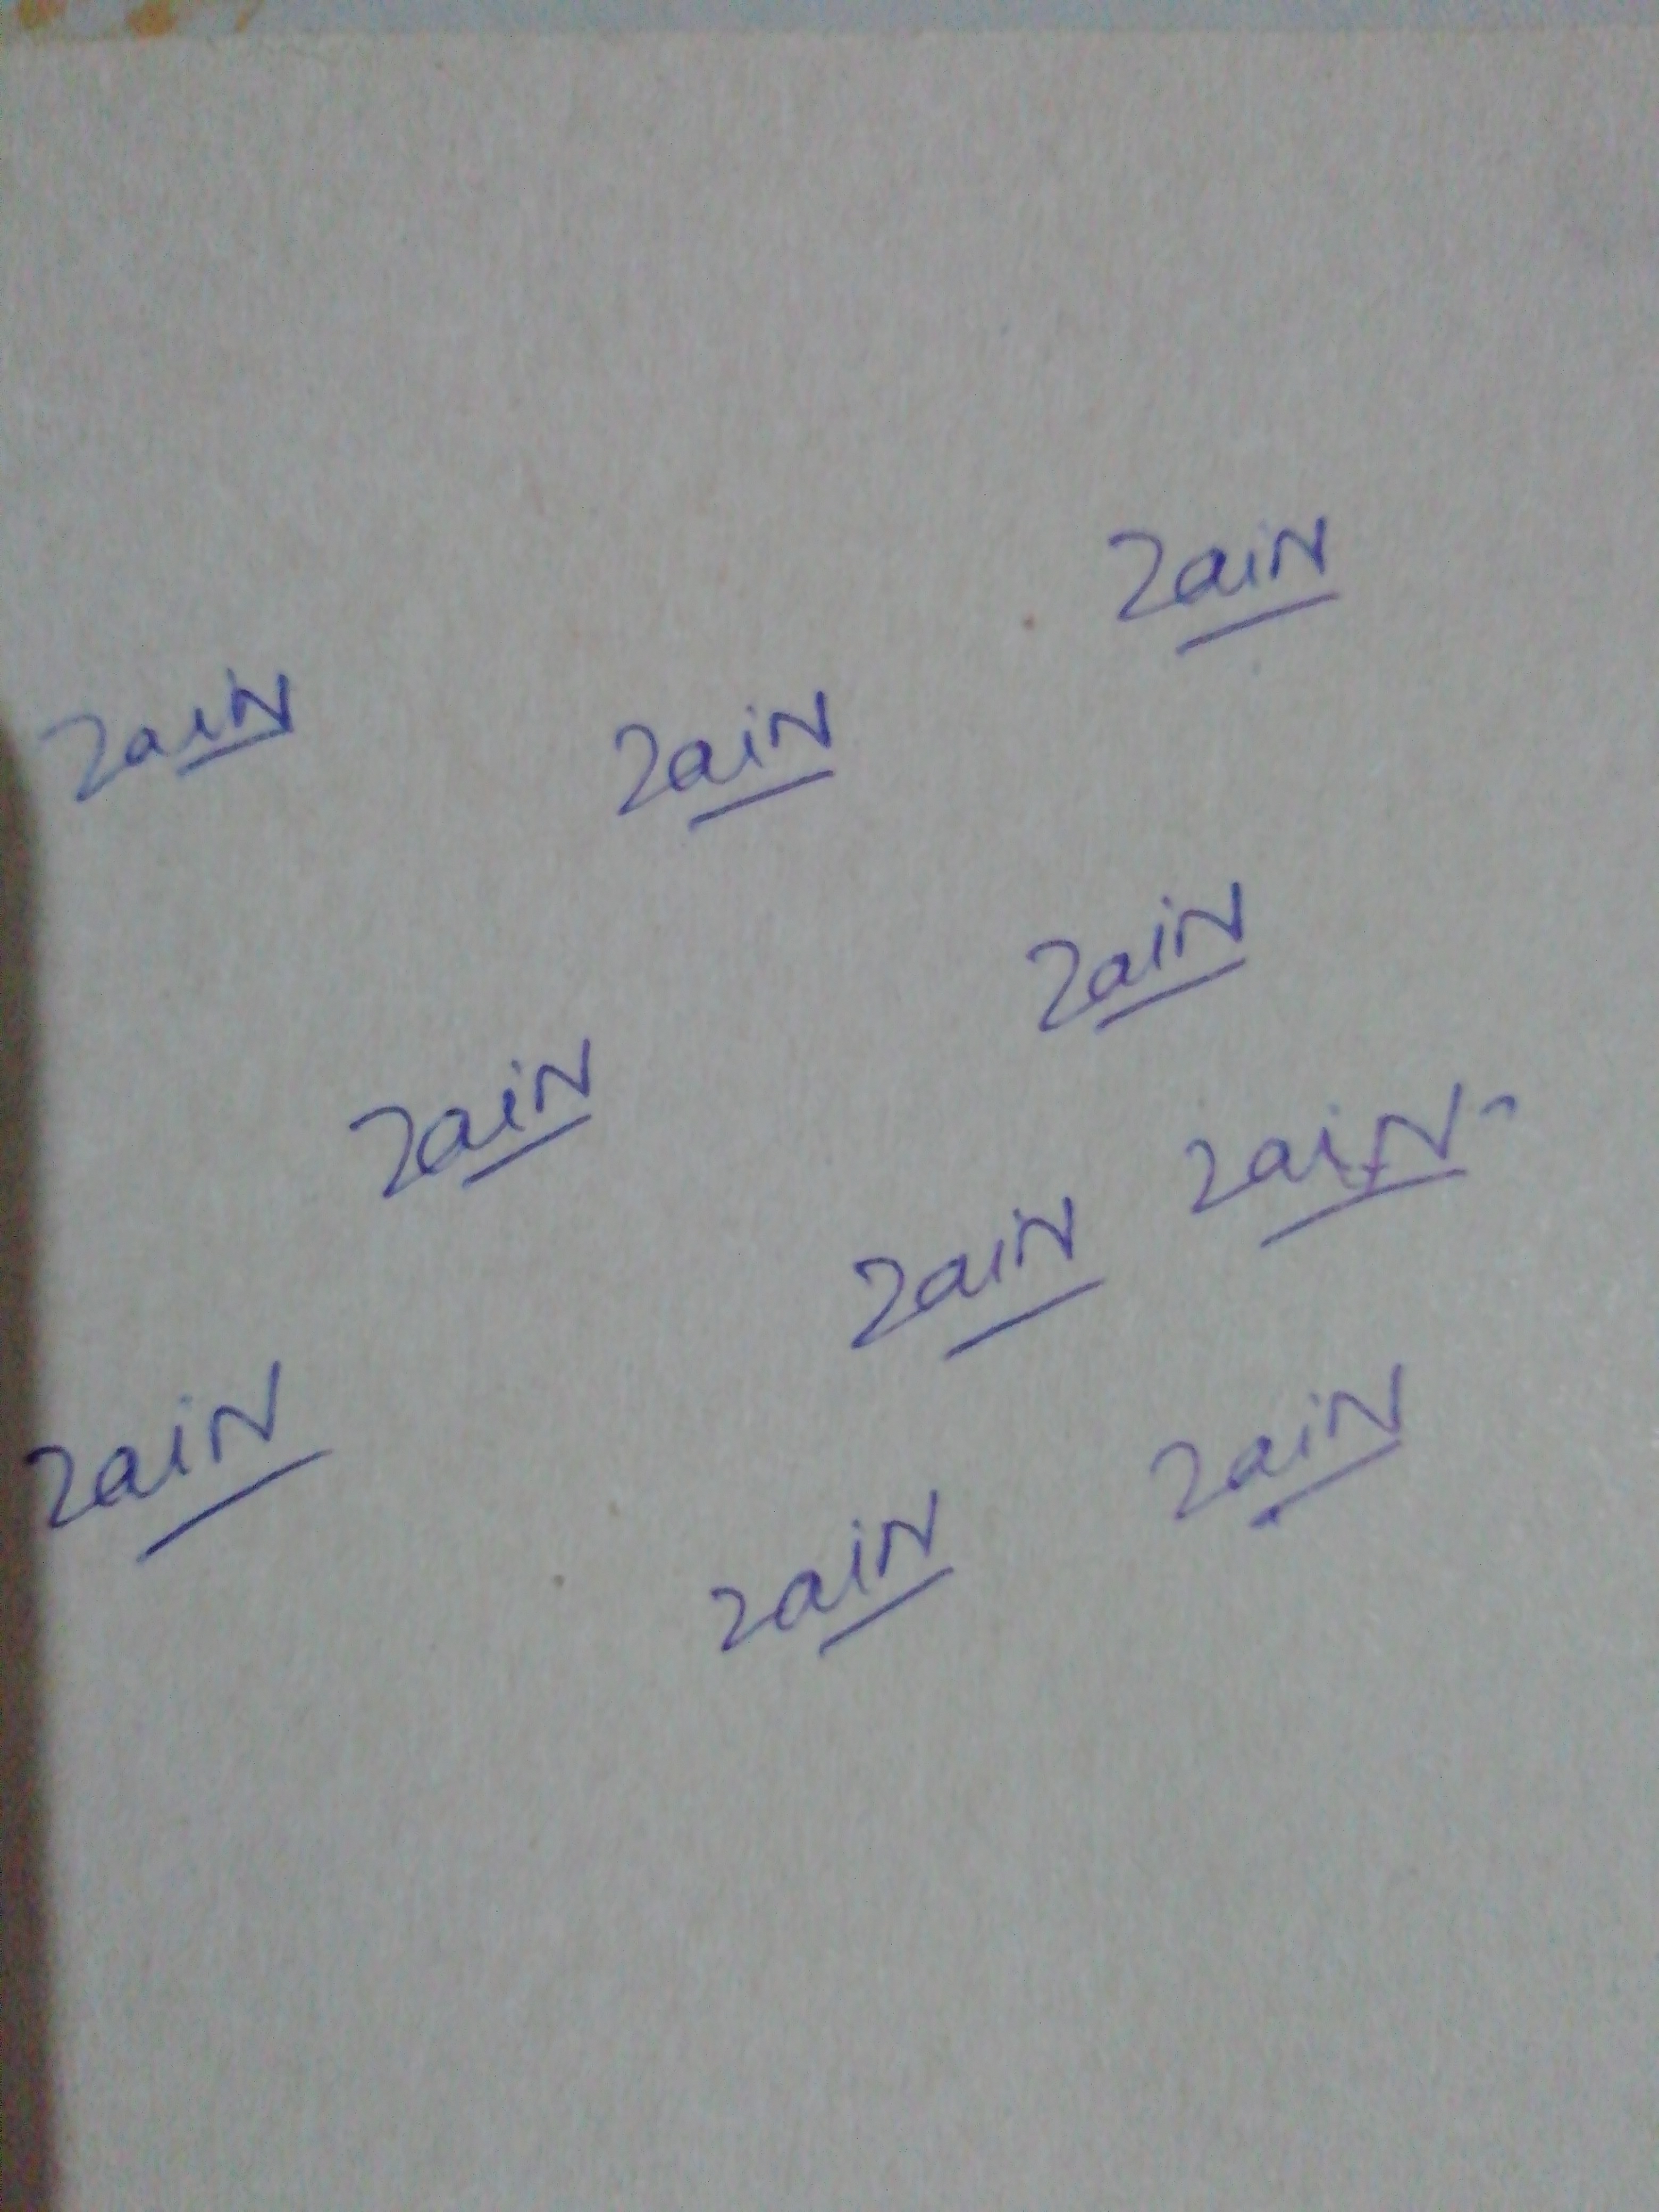
Signature authenticity: genuine